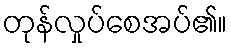
တုန်လှုပ်စေအပ်၏။